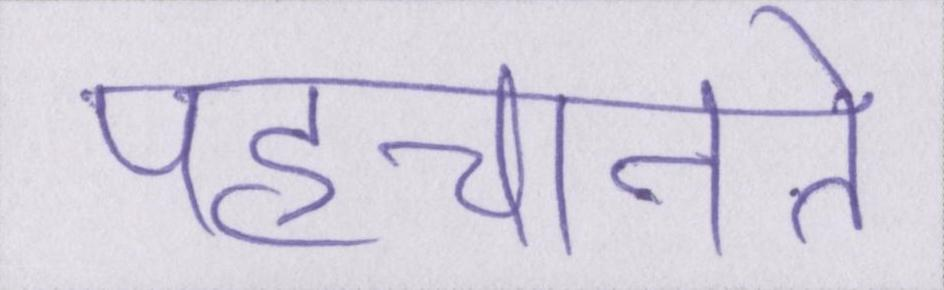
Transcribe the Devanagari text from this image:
पहचानते